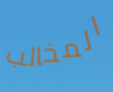
المخالب